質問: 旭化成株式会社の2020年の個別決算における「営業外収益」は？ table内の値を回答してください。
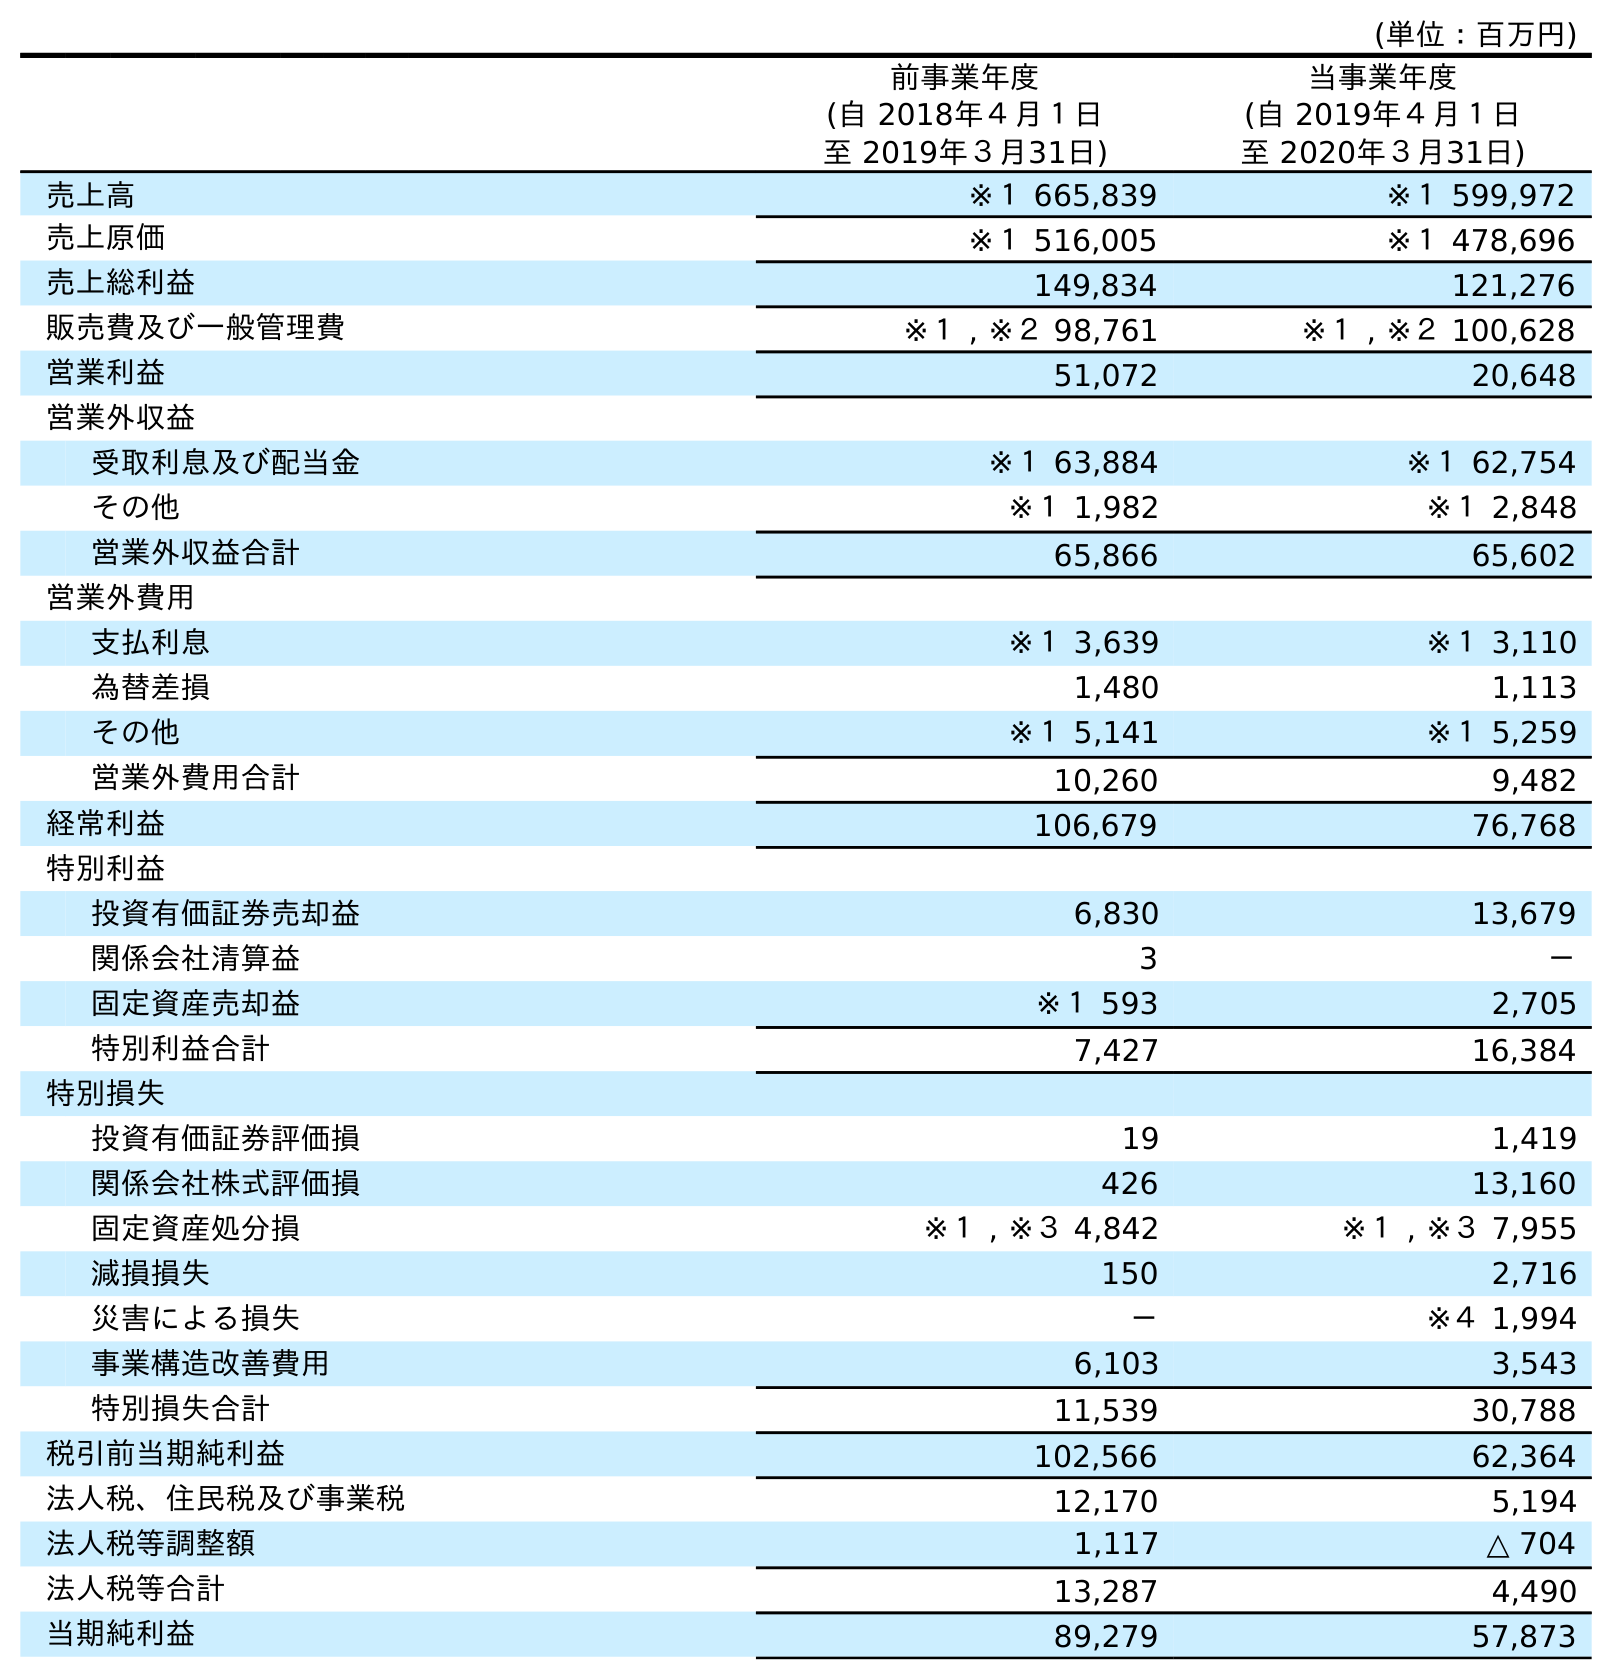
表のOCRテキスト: (単位：百万円) 前事業年度 (自 2018年４月１日 至 2019年３月31日) 当事業年度 (自 2019年４月１日 至 2020年３月31日) 売上高 ※１ 665,839 ※１ 599,972 売上原価 ※１ 516,005 ※１ 478,696 売上総利益 149,834 121,276 販売費及び一般管理費 ※１ , ※２ 98,761 ※１ , ※２ 100,628 営業利益 51,072 20,648 営業外収益 受取利息及び配当金 ※１ 63,884 ※１ 62,754 その他 ※１ 1,982 ※１ 2,848 営業外収益合計 65,866 65,602 営業外費用 支払利息 ※１ 3,639 ※１ 3,110 為替差損 1,480 1,113 その他 ※１ 5,141 ※１ 5,259 営業外費用合計 10,260 9,482 経常利益 106,679 76,768 特別利益 投資有価証券売却益 6,830 13,679 関係会社清算益 3 － 固定資産売却益 ※１ 593 2,705 特別利益合計 7,427 16,384 特別損失 投資有価証券評価損 19 1,419 関係会社株式評価損 426 13,160 固定資産処分損 ※１ , ※３ 4,842 ※１ , ※３ 7,955 減損損失 150 2,716 災害による損失 － ※４ 1,994 事業構造改善費用 6,103 3,543 特別損失合計 11,539 30,788 税引前当期純利益 102,566 62,364 法人税、住民税及び事業税 12,170 5,194 法人税等調整額 1,117 △ 704 法人税等合計 13,287 4,490 当期純利益 89,279 57,873
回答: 65,602